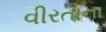
વીરતાના